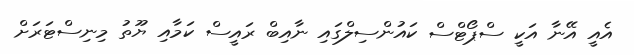
އެއީ އޭނާ އަކީ ސްޕޯޓްސް ކައުންސިލްގައި ނާއިބް ރައީސް ކަމާއި ޔޫތު މިނިސްޓަރަށް